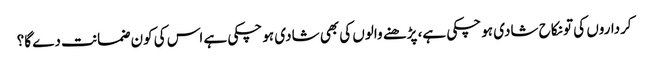
کرداروں کی تو نکاح شادی ہو چکی ہے، پڑھنے والوں کی بھی شادی ہو چکی ہے اس کی کون ضمانت دے گا؟